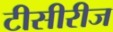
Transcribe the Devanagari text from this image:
टीसीरीज